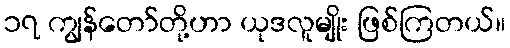
၁၇ ကျွန်တော်တို့ဟာ ယုဒလူမျိုး ဖြစ်ကြတယ်။